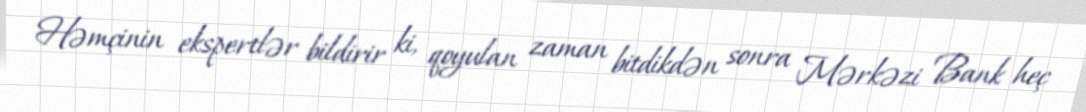
Həmçinin ekspertlər bildirir ki, qoyulan zaman bitdikdən sonra Mərkəzi Bank heç